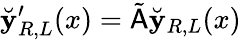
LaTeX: \breve{\mathbf{y}}_{R,L}^{\prime}(x)=\tilde{\mathsf{A}}\breve{\mathbf{y}}_{R,L}(x)